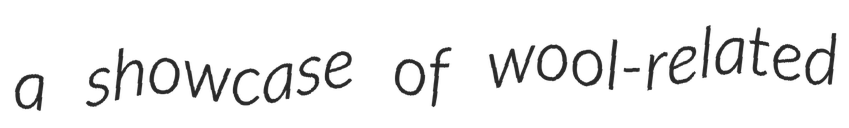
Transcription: a showcase of wool-related